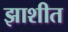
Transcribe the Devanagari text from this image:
झाशीत